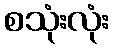
စသုံးလုံး